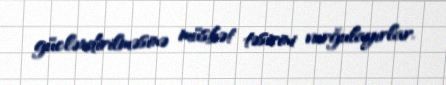
gücləndirilməsinə müsbət təsirini vurğulayırlar.